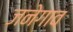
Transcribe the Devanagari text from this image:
जनेगाव